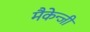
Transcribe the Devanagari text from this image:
मैकेन्जी